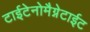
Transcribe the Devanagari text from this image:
टाईटेनोमैग्नेटाईट